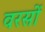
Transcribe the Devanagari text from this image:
वरसों